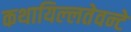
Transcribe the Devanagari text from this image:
कथायिल्‍लतेवन्‍टे